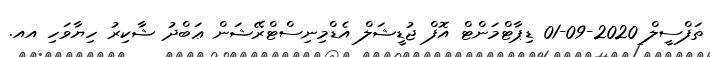
ތަފްސީލް 2020-09-01 ޑިޕާޓްމަންޓް އޮފް ޖުޑީޝަލް އެޑްމިނިސްޓްރޭޝަން ޢަބްދު ޝާކިރު ހިޔާވަހި އއ.